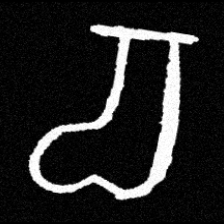
Pyu character \u2014 Myanmar letter: စ (romanized: ca)